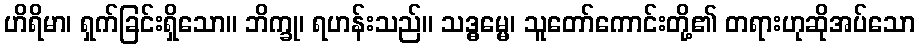
ဟိရိမာ၊ ရှက်ခြင်းရှိသော။ ဘိက္ခု၊ ရဟန်းသည်။ သဒ္ဓမ္မေ၊ သူတော်ကောင်းတို့၏ တရားဟုဆိုအပ်သော